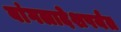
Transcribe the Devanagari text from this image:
बांगलादेशपर्यंत